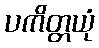
ပကိတ္တယုံ